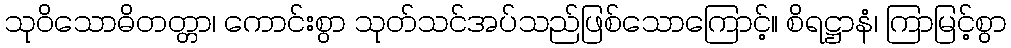
သုဝိသောဓိတတ္တာ၊ ကောင်းစွာ သုတ်သင်အပ်သည်ဖြစ်သောကြောင့်။ စိရဋ္ဌာနံ၊ ကြာမြင့်စွာ